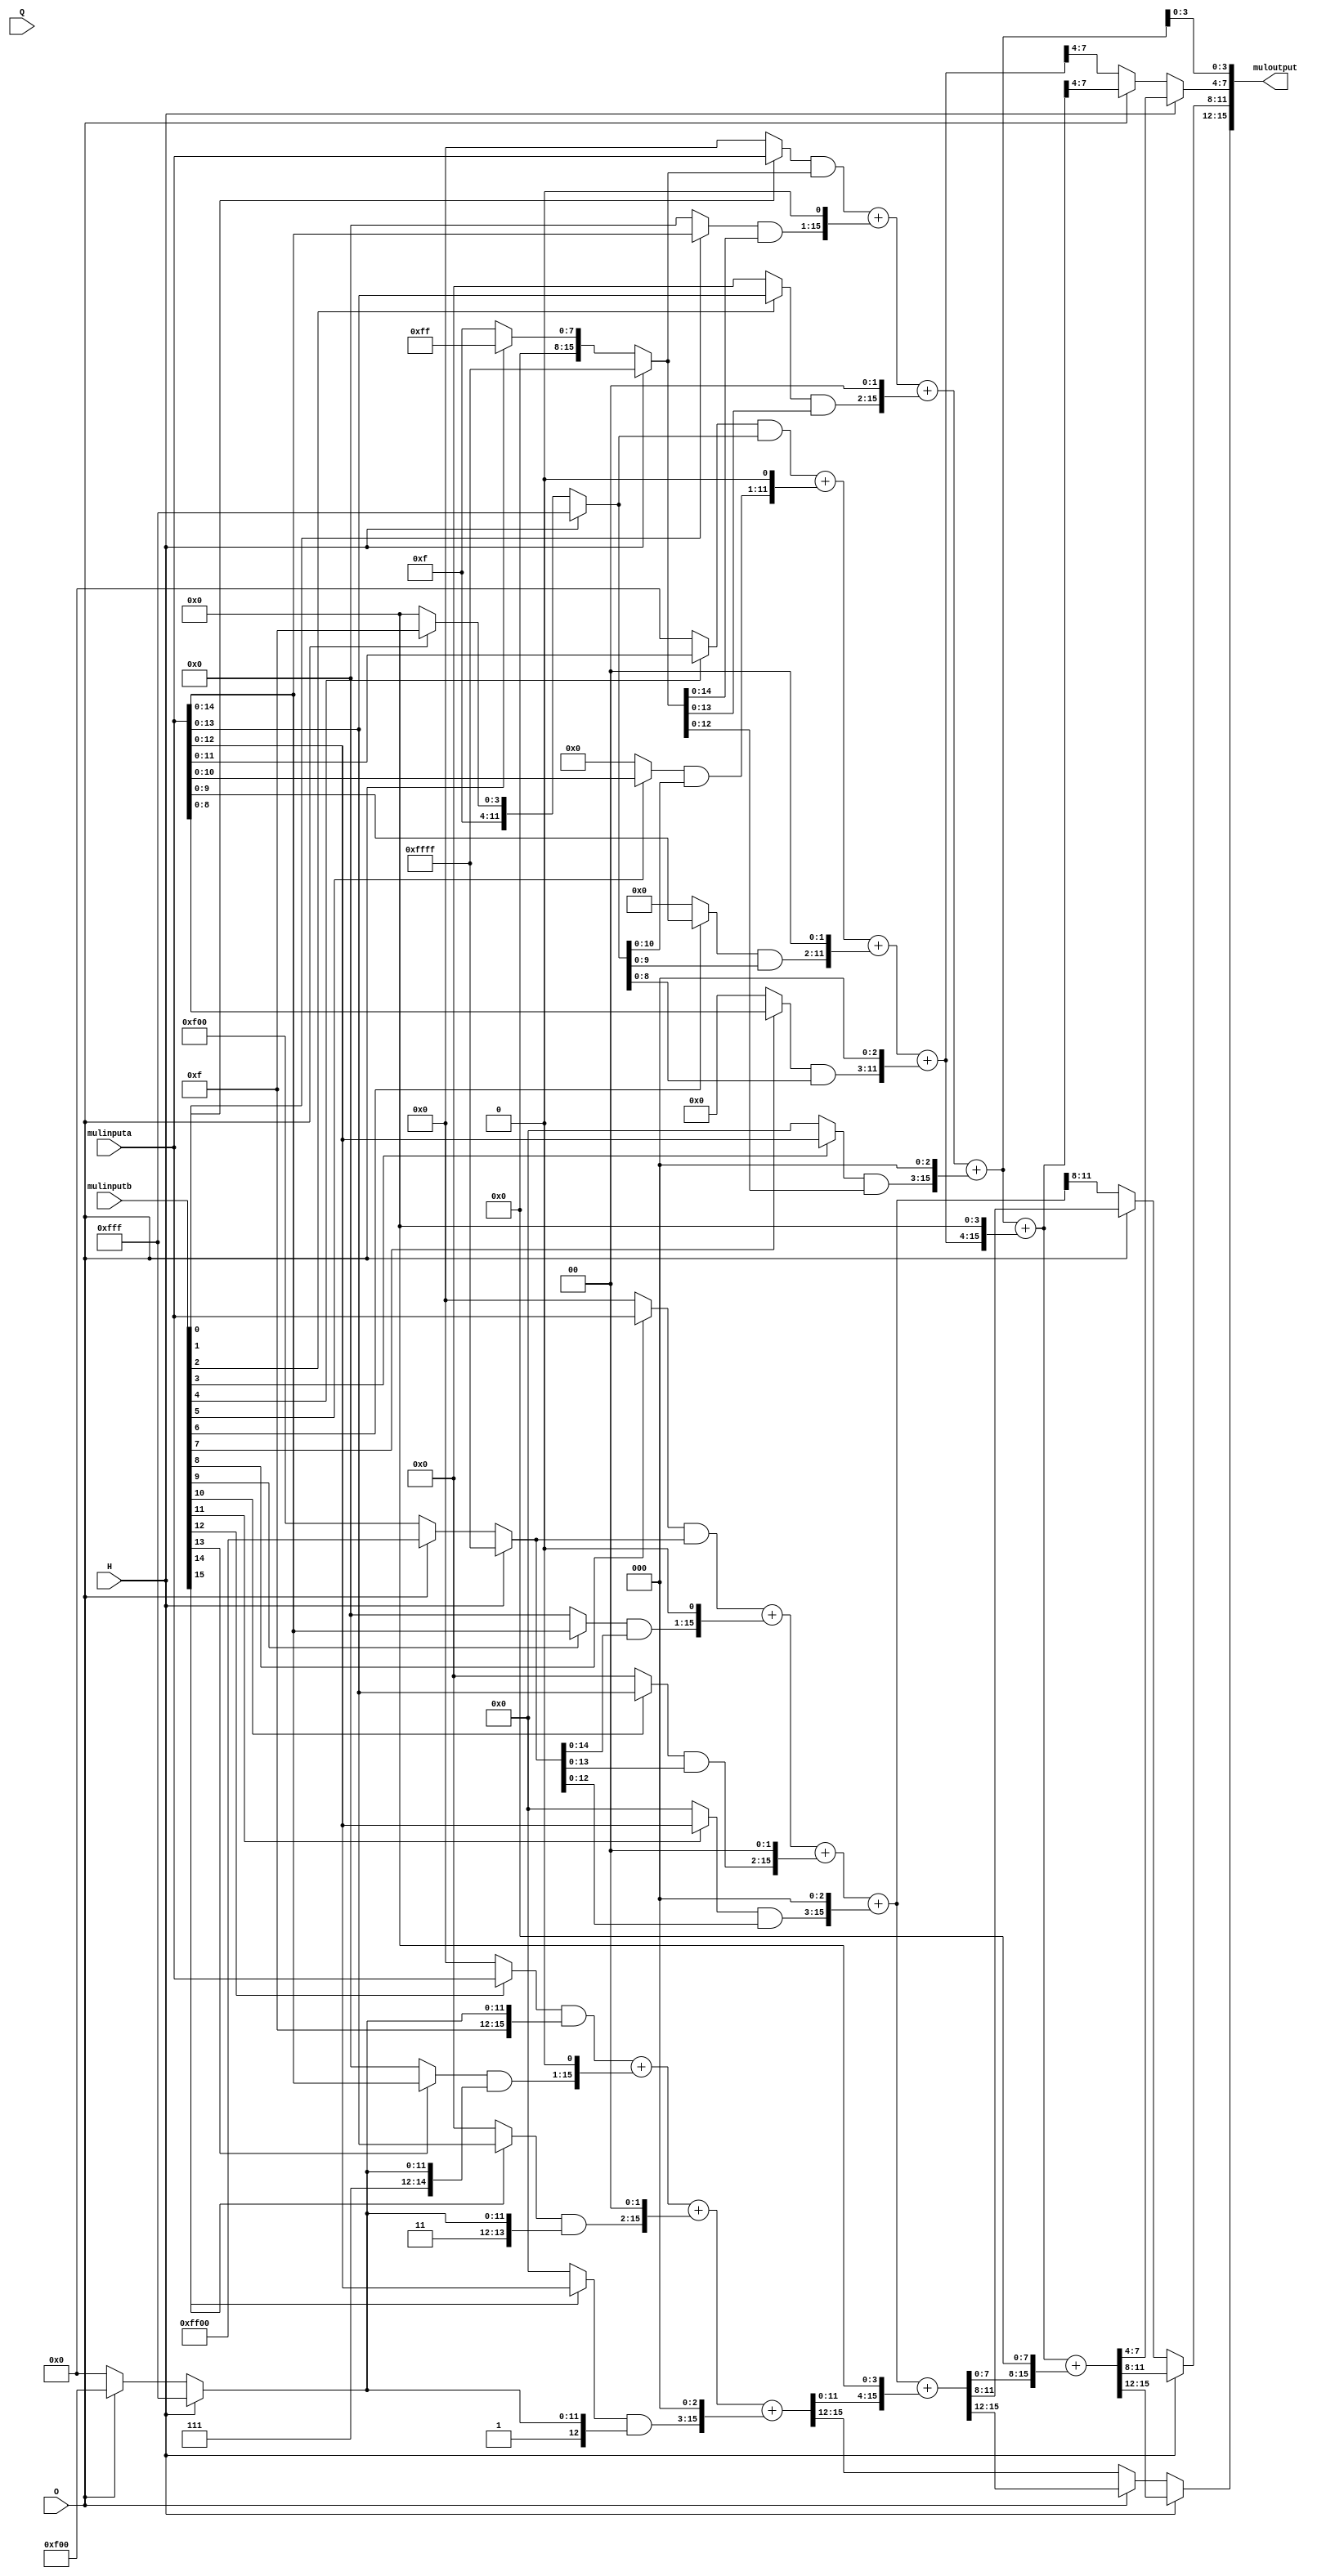
`timescale 1ns / 1ps
//////////////////////////////////////////////////////////////////////////////////
// Company: 
// Engineer: 
// 
// Design Name: 
// Module Name: Multiply
// Project Name: 
// Target Devices: 
// Tool Versions: 
// Description: 
// 
// Dependencies: 
// 
// Revision:
// Revision 0.01 - File Created
// Additional Comments:
// 
//////////////////////////////////////////////////////////////////////////////////


module SIMDmultiply(
        input [15:0] mulinputa,
        input [15:0] mulinputb,
        input H,
        input O,
        input Q,
        output [15:0] muloutput
    );
    
    
    wire [15:0] sel0 = H?16'hFFFF:(O?16'h00FF:16'h000F);
    wire [15:0] sel1 = H?16'hFFFF:(O?16'h00FF:16'h00F0);
    wire [15:0] sel2 = H?16'hFFFF:(O?16'hFF00:16'h0F00);
    wire [15:0] sel3 = H?16'hFFFF:(O?16'hFF00:16'hF000);
    
    wire [15:0] a0 = (mulinputb[0]?mulinputa:16'h0000)&sel0;
    wire [15:0] a1 = (mulinputb[1]?mulinputa:16'h0000)&sel0;
    wire [15:0] a2 = (mulinputb[2]?mulinputa:16'h0000)&sel0;
    wire [15:0] a3 = (mulinputb[3]?mulinputa:16'h0000)&sel0;
    wire [15:0] a4 = (mulinputb[4]?mulinputa:16'h0000)&sel1;
    wire [15:0] a5 = (mulinputb[5]?mulinputa:16'h0000)&sel1;
    wire [15:0] a6 = (mulinputb[6]?mulinputa:16'h0000)&sel1;
    wire [15:0] a7 = (mulinputb[7]?mulinputa:16'h0000)&sel1;
    wire [15:0] a8 = (mulinputb[8]?mulinputa:16'h0000)&sel2;
    wire [15:0] a9 = (mulinputb[9]?mulinputa:16'h0000)&sel2;
    wire [15:0] a10 = (mulinputb[10]?mulinputa:16'h0000)&sel2;
    wire [15:0] a11 = (mulinputb[11]?mulinputa:16'h0000)&sel2;
    wire [15:0] a12 = (mulinputb[12]?mulinputa:16'h0000)&sel3;
    wire [15:0] a13 = (mulinputb[13]?mulinputa:16'h0000)&sel3;
    wire [15:0] a14 = (mulinputb[14]?mulinputa:16'h0000)&sel3;
    wire [15:0] a15 = (mulinputb[15]?mulinputa:16'h0000)&sel3;
    
    wire [15:0] tmp0,tmp1,tmp2,tmp3;
    wire [15:0] tmp00,tmp11;
    wire [15:0] tmp000;
    
    assign tmp0  = a0   + (a1<<1)   +  (a2<<2)    +  (a3<<3);
    assign tmp1  = a4   + (a5<<1)   +  (a6<<2)    +  (a7<<3);
    assign tmp2  = a8   + (a9<<1)   +  (a10<<2)   +  (a11<<3);
    assign tmp3  = a12  + (a13<<1)  +  (a14<<2)   +  (a15<<3);
    
    assign tmp00 = tmp0 + (tmp1<<4);
    assign tmp11 = tmp2 + (tmp3<<4);
   
    assign tmp000 = tmp00 + (tmp11<<8); 
    
    wire [3:0] tmp1h,tmp1o,tmp1q;
    wire [3:0] tmp2h,tmp2o,tmp2q;
    wire [3:0] tmp3h,tmp3o,tmp3q;
    
    assign muloutput[3:0] = tmp0[3:0];
    
    assign tmp1h = tmp000[7:4];    
    assign tmp2h = tmp000[11:8];     
    assign tmp3h = tmp000[15:12];    
    
    assign tmp1o = tmp00[7:4];    
    assign tmp2o = tmp11[11:8];    
    assign tmp3o = tmp11[15:12];
    
    assign tmp1q = tmp1[7:4];    
    assign tmp2q = tmp2[11:8];
    assign tmp3q = tmp3[15:12];
    
    assign muloutput[7:4]   = H?tmp1h:(O?tmp1o:tmp1q);
    assign muloutput[11:8]  = H?tmp2h:(O?tmp2o:tmp2q);
    assign muloutput[15:12] = H?tmp3h:(O?tmp3o:tmp3q);
    
    
endmodule